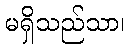
မရှိသည်သာ၊